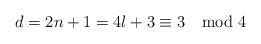
LaTeX: \begin{align*}d=2n+1=4l+3\equiv 3\mod 4\end{align*}